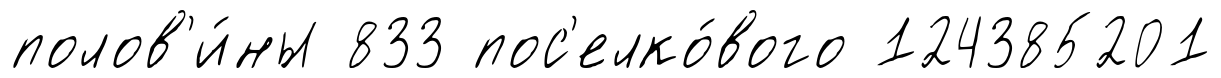
полов'и́ны 833 пос'елко́вого 124385201